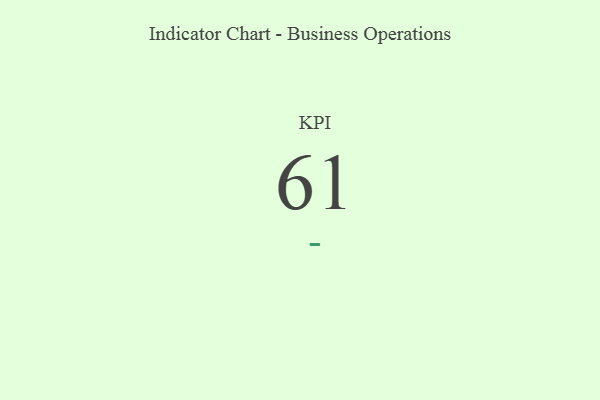
{"axis": {"x": "KPI", "y": "Value"}, "legend": [""], "data": [{"x": "KPI", "y": 61, "type": ""}]}